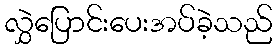
လွှဲပြောင်းပေးအပ်ခဲ့သည်